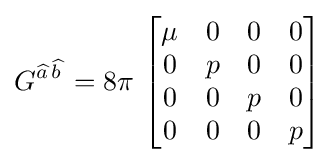
G^{{\widehat {a\,}}{\widehat {b\,}}}=8\pi \,\left[{\begin{matrix}\mu &0&0&0\\0&p&0&0\\0&0&p&0\\0&0&0&p\end{matrix}}\right]